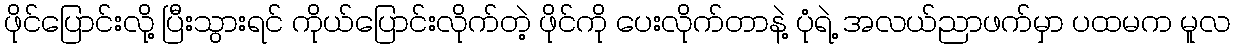
ဖိုင်ပြောင်းလို့ ပြီးသွားရင် ကိုယ်ပြောင်းလိုက်တဲ့ ဖိုင်ကို ပေးလိုက်တာနဲ့ ပုံရဲ့ အလယ်ညာဖက်မှာ ပထမက မူလ